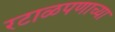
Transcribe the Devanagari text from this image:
रटाळपणाच्या